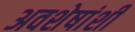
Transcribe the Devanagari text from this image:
अवशेषांशी